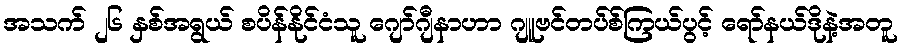
အသက် ၂၆ နှစ်အရွယ် စပိန်နိုင်ငံသူ ဂျော်ဂျီနာဟာ ဂျူဗင်တပ်စ်ကြယ်ပွင့် ရော်နယ်ဒိုနဲ့အတူ